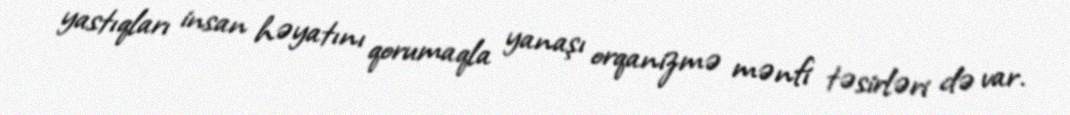
yastıqları insan həyatını qorumaqla yanaşı orqanizmə mənfi təsirləri də var.